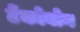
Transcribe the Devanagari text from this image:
टेंकोबोन